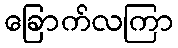
ခြောက်လကြာ